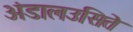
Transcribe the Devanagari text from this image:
अंडालउसिते